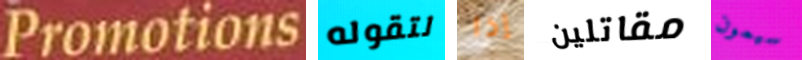
Promotions لتقوله إذا مقاتلين سيمون